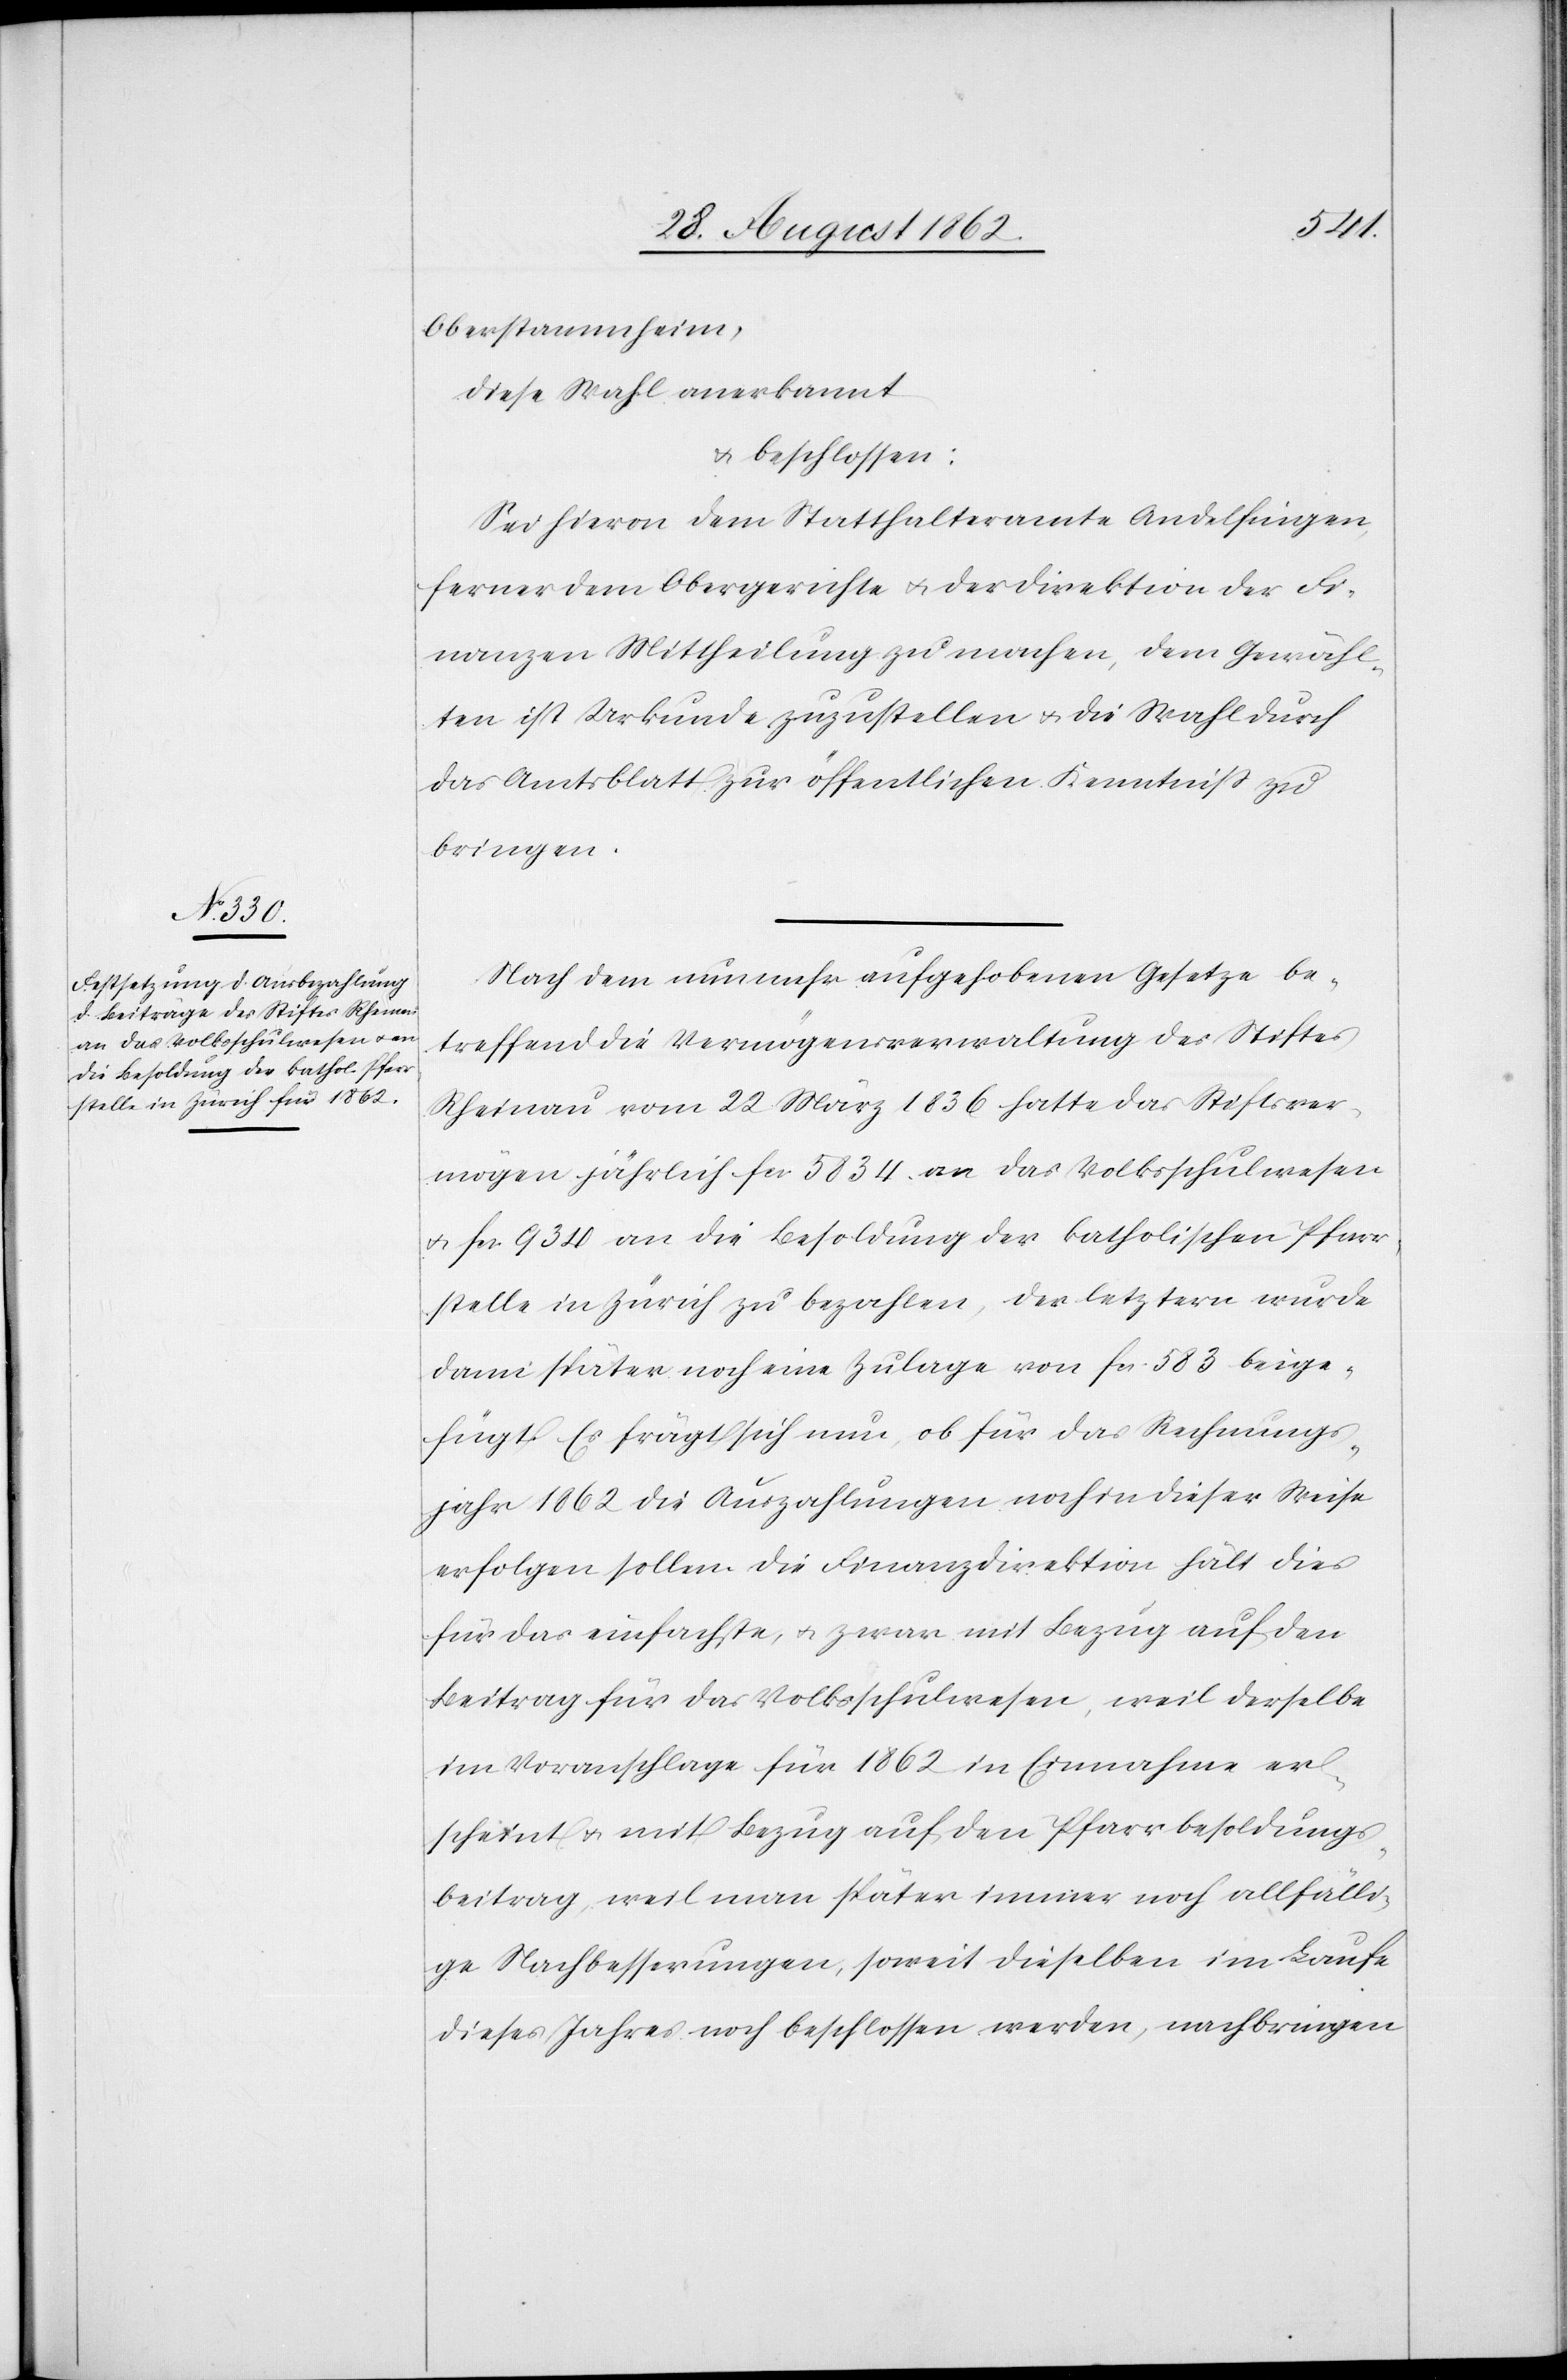
Oberstammheim,
diese Wahl anerkannt
u. beschlossen:
Sei hievon dem Statthalteramte Andelfingen,
ferner dem Obergerichte u. der Direktion der Fi¬
nanzen Mittheilung zu machen, dem Gewähl¬
ten ist Urkunde zuzustellen u. die Wahl durch
das Amtsblatt zur öffentlichen Kenntniß zu
bringen.
Nach dem nunmehr aufgehobenen Gesetze be¬
treffend die Vermögensverwaltung des Stiftes
Rheinau vom 22. März 1836 hatte das Stiftsver¬
mögen jährlich fcs. 5834 an das Volksschulwesen
u. fcs. 934 an die Besoldung der katholischen Pfarr¬
stelle in Zürich zu bezahlen, der letztern wurde
dann später noch eine Zulage von fcs. 583 beige¬
fügt. Es frägt sich nun, ob für das Rechnungs¬
jahr 1862 die Auszahlungen noch in dieser Weise
erfolgen sollen. Die Finanzdirektion hält dies
für das einfachste u. zwar mit Bezug auf den
Beitrag für das Volksschulwesen, weil derselbe
im Voranschlage für 1862 in Einnahme er¬
scheint u. mit Bezug auf den Pfarrbesoldungs¬
beitrag, weil man später immer noch allfälli¬
ge Nachbesserungen, soweit dieselben im Laufe
dieses Jahres noch beschlossen werden, noch bringen